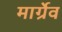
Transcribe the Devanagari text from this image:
मार्ग्रेव